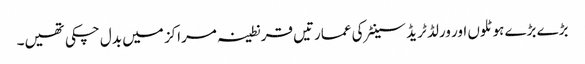
بڑے بڑے ہوٹلوں اور ورلڈ ٹریڈ سینٹر کی عمارتیں قرنطینہ مراکز میں بدل چکی تھیں۔